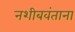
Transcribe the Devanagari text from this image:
नशीबवंताना